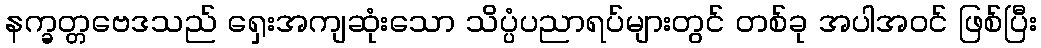
နက္ခတ္တဗေဒသည် ရှေးအကျဆုံးသော သိပ္ပံပညာရပ်များတွင် တစ်ခု အပါအဝင် ဖြစ်ပြီး